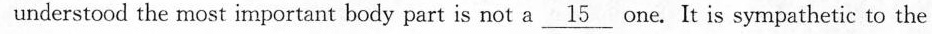
understood the most important body part is not a\underline{15} one. It is sympathetic to the